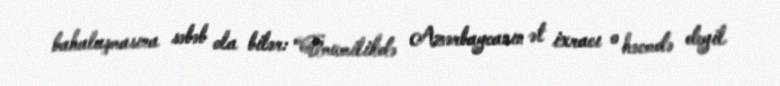
bahalaşmasına səbəb ola bilər: “Ümumilikdə Azərbaycanın ət ixracı o həcmdə deyil